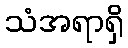
သံအရာရှိ